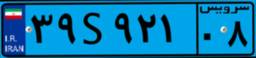
۳۹S۹۲۱۰۸